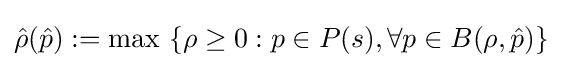
{\hat {\rho }}({\hat {p}}):=\max \ \{\rho \geq 0:p\in P(s),\forall p\in B(\rho ,{\hat {p}})\}